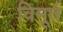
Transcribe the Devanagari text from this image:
विमूर्त